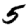
Digit: 5